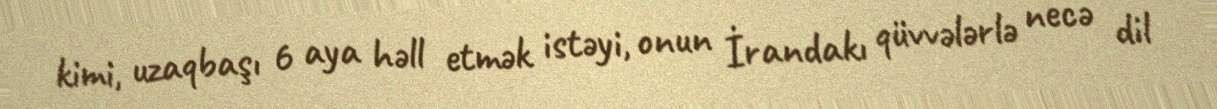
kimi, uzaqbaşı 6 aya həll etmək istəyi, onun İrandakı qüvvələrlə necə dil